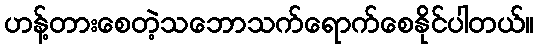
ဟန့်တားစေတဲ့သဘောသက်ရောက်စေနိုင်ပါတယ်။